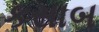
કસાબ